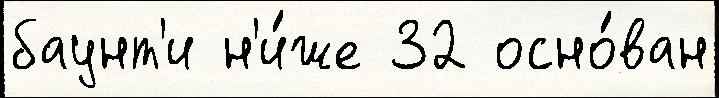
баунт'и н'и́же 32 осно́ван